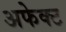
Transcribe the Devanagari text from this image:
अफेक्ट